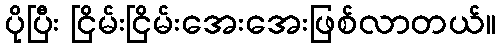
ပိုပြီး ငြိမ်းငြိမ်းအေးအေးဖြစ်လာတယ်။